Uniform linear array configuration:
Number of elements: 12
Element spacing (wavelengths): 1
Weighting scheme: exponential
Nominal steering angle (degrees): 0
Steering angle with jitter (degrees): -1.9
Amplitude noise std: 0.05
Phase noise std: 0.05

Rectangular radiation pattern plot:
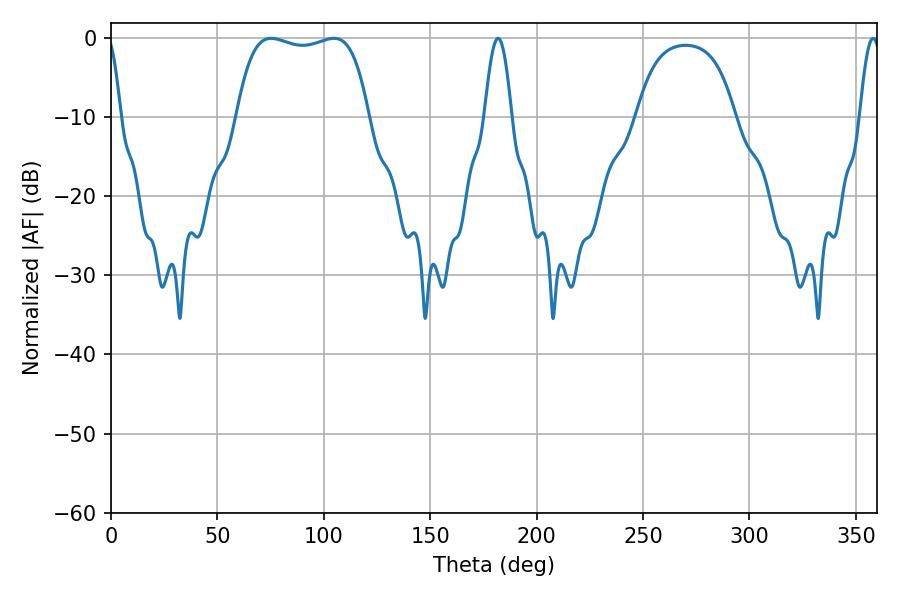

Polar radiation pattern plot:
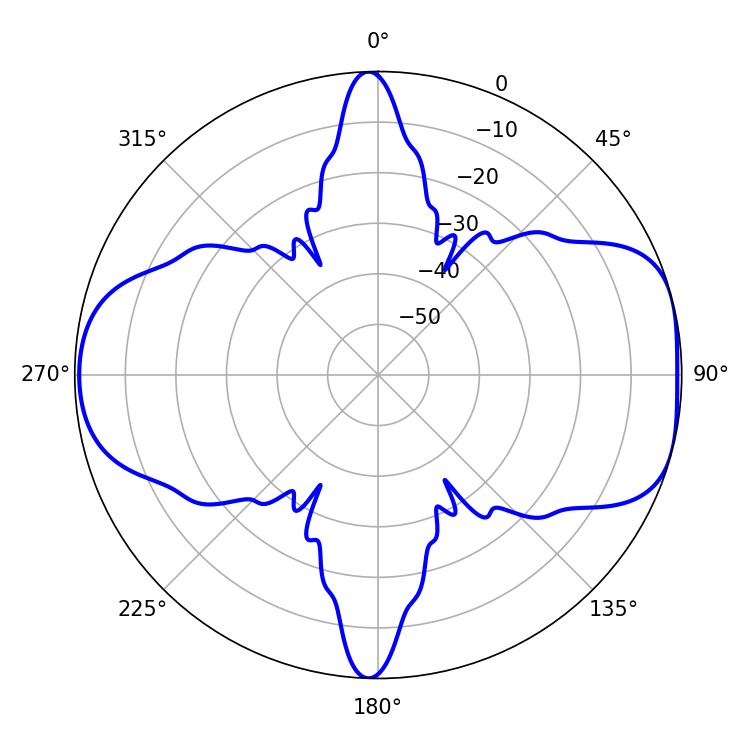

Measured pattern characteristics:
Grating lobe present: TRUE
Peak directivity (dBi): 7.638
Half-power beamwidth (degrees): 49.68
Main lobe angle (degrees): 75.24